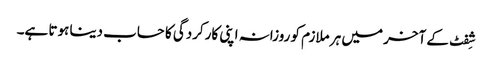
شِفٹ کے آخر میں ہر ملازم کو روزانہ اپنی کارکردگی کا حساب دینا ہوتا ہے۔